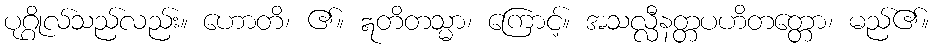
ပုဂ္ဂိုလ်သည်လည်း။ ဟောတိ၊ ၏။ ဣတိတသ္မာ၊ ကြောင့်။ အသလ္လီနတ္တပဟိတတ္တော၊ မည်၏။